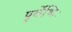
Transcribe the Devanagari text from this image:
पूर्वेभिः